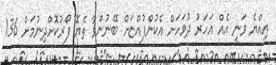
އިއްޔެ ވަނީ އެއް އަހަރު ދުވަހަށް އެކުންފުއްޏަށް ބޭނުންވާ ތެޔޮ ފޯރުކޮށްދިނުމަށް 136